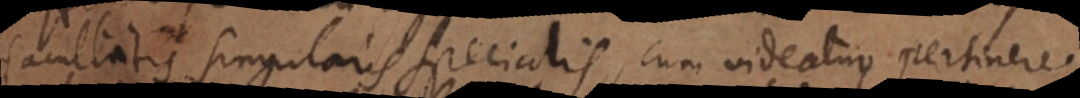
facultatis singularis specialis, cum videatur pertinere